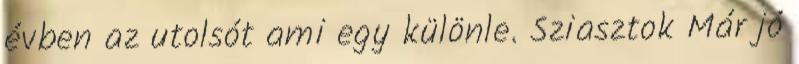
évben az utolsót ami egy különle. Sziasztok Már jó